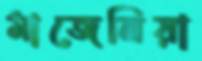
মাজেনিয়া